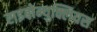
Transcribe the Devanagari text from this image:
राइबोन्युक्लियस